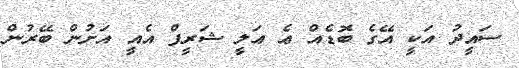
ސައީދު އަކީ އޭގެ ބޮޑެއް ޢެ ޢަލީ ޝަރީފް އެއީ އަށުން ބޭރުން